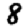
Digit: 8